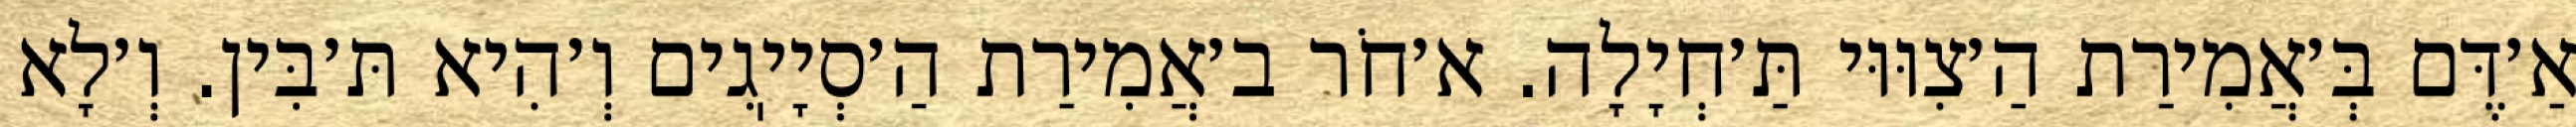
אַ׳דֶּם בְּ׳אֲמִירַת הַ׳צִוּוּי תַּ׳חְיָלָה. א׳חֹר ב׳אֲמִירַת הַ׳סְיָיֽגִים וְ׳הִיא תּ׳בִּין. וְ׳לָא